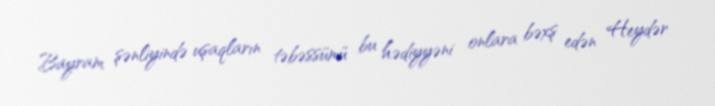
Bayram şənliyində uşaqların təbəssümü bu hədiyyəni onlara bəxş edən Heydər